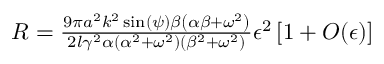
\begin{array} { r } { R = \frac { 9 \pi a ^ { 2 } k ^ { 2 } \sin ( \psi ) \beta \left( \alpha \beta + \omega ^ { 2 } \right) } { 2 l \gamma ^ { 2 } \alpha \left( \alpha ^ { 2 } + \omega ^ { 2 } \right) \left( \beta ^ { 2 } + \omega ^ { 2 } \right) } \epsilon ^ { 2 } \left[ 1 + O ( \epsilon ) \right] } \end{array}